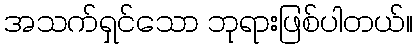
အသက်ရှင်သော ဘုရားဖြစ်ပါတယ်။